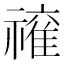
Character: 𱵩